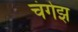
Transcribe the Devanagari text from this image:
चंगेझ